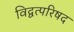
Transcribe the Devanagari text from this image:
विद्वत्परिषद